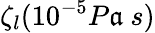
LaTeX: \zeta_{l}(10^{-5}P\mathfrak{a}\ s)